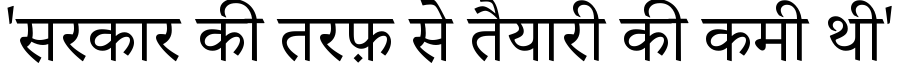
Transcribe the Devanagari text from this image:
'सरकार की तरफ़ से तैयारी की कमी थी'